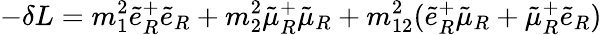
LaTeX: -\delta{L}=m_{1}^{2}\tilde{e}_{R}^{+}\tilde{e}_{R}+m_{2}^{2}\tilde{\mu}_{R}^{+}\tilde{\mu}_{R}+m_{12}^{2}(\tilde{e}_{R}^{+}\tilde{\mu}_{R}+\tilde{\mu}_{R}^{+}\tilde{e}_{R})